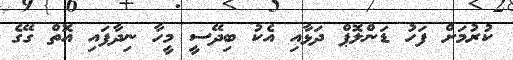
ކުރުމަށް ފަހު ޑަންލޮޕް ދަޅާއި އެކު ބިދޭސީ މީހާ ނިދާފައި އޮތް ގޭގެ